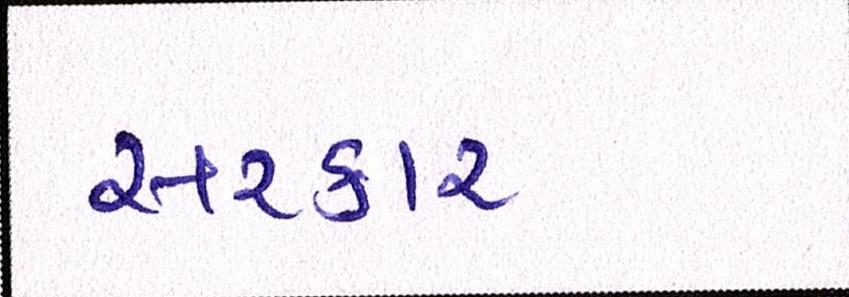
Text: સરકાર